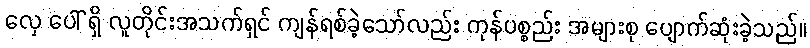
လှေ ပေါ် ရှိ လူတိုင်းအသက်ရှင် ကျန်ရစ်ခဲ့သော်လည်း ကုန်ပစ္စည်း အများစု ပျောက်ဆုံးခဲ့သည်။